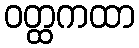
ဝတ္ထကထာ